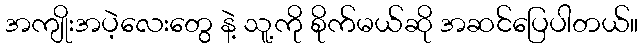
အကျိုးအပဲ့လေးတွေ နဲ့ သူ့ကို စိုက်မယ်ဆို အဆင်ပြေပါတယ်။